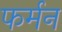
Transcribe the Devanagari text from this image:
फर्मन